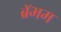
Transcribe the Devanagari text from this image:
ब्रॅभम